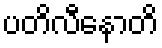
ပတိလီနောတိ